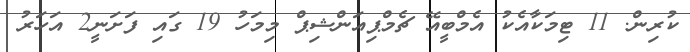
ކުރިން. 11 ޓިމަކާއެކު އެމްބީއޭ ޗެމްޕިއަންޝިޕް މިމަހު 19 ގައި ފަށަނީ2 އަހަރު